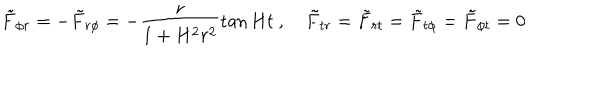
LaTeX: { \tilde { F } } _ { \phi r } = - { \tilde { F } } _ { r \phi } = - \frac { r } { 1 + H ^ { 2 } r ^ { 2 } } \tan H t \ , \quad { \tilde { F } } _ { t r } = { \tilde { F } } _ { r t } = { \tilde { F } } _ { t \phi } = { \tilde { F } } _ { \phi t } = 0